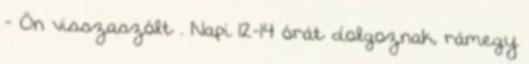
- Ön visszaszólt . Napi 12-14 órát dolgoznak, rámegy